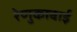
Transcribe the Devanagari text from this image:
रेणुकाबाई